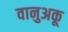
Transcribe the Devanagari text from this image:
वानुअकू